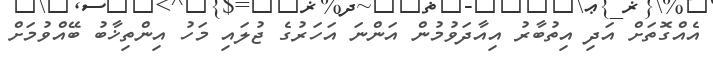
އެއްގޮތަށް އަދި އިތުބާރު އިއާދަވުމުން އަންނަ އަހަރުގެ ޖުލައި މަހު އިންތިޚާބު ބޭއްވުމަށް